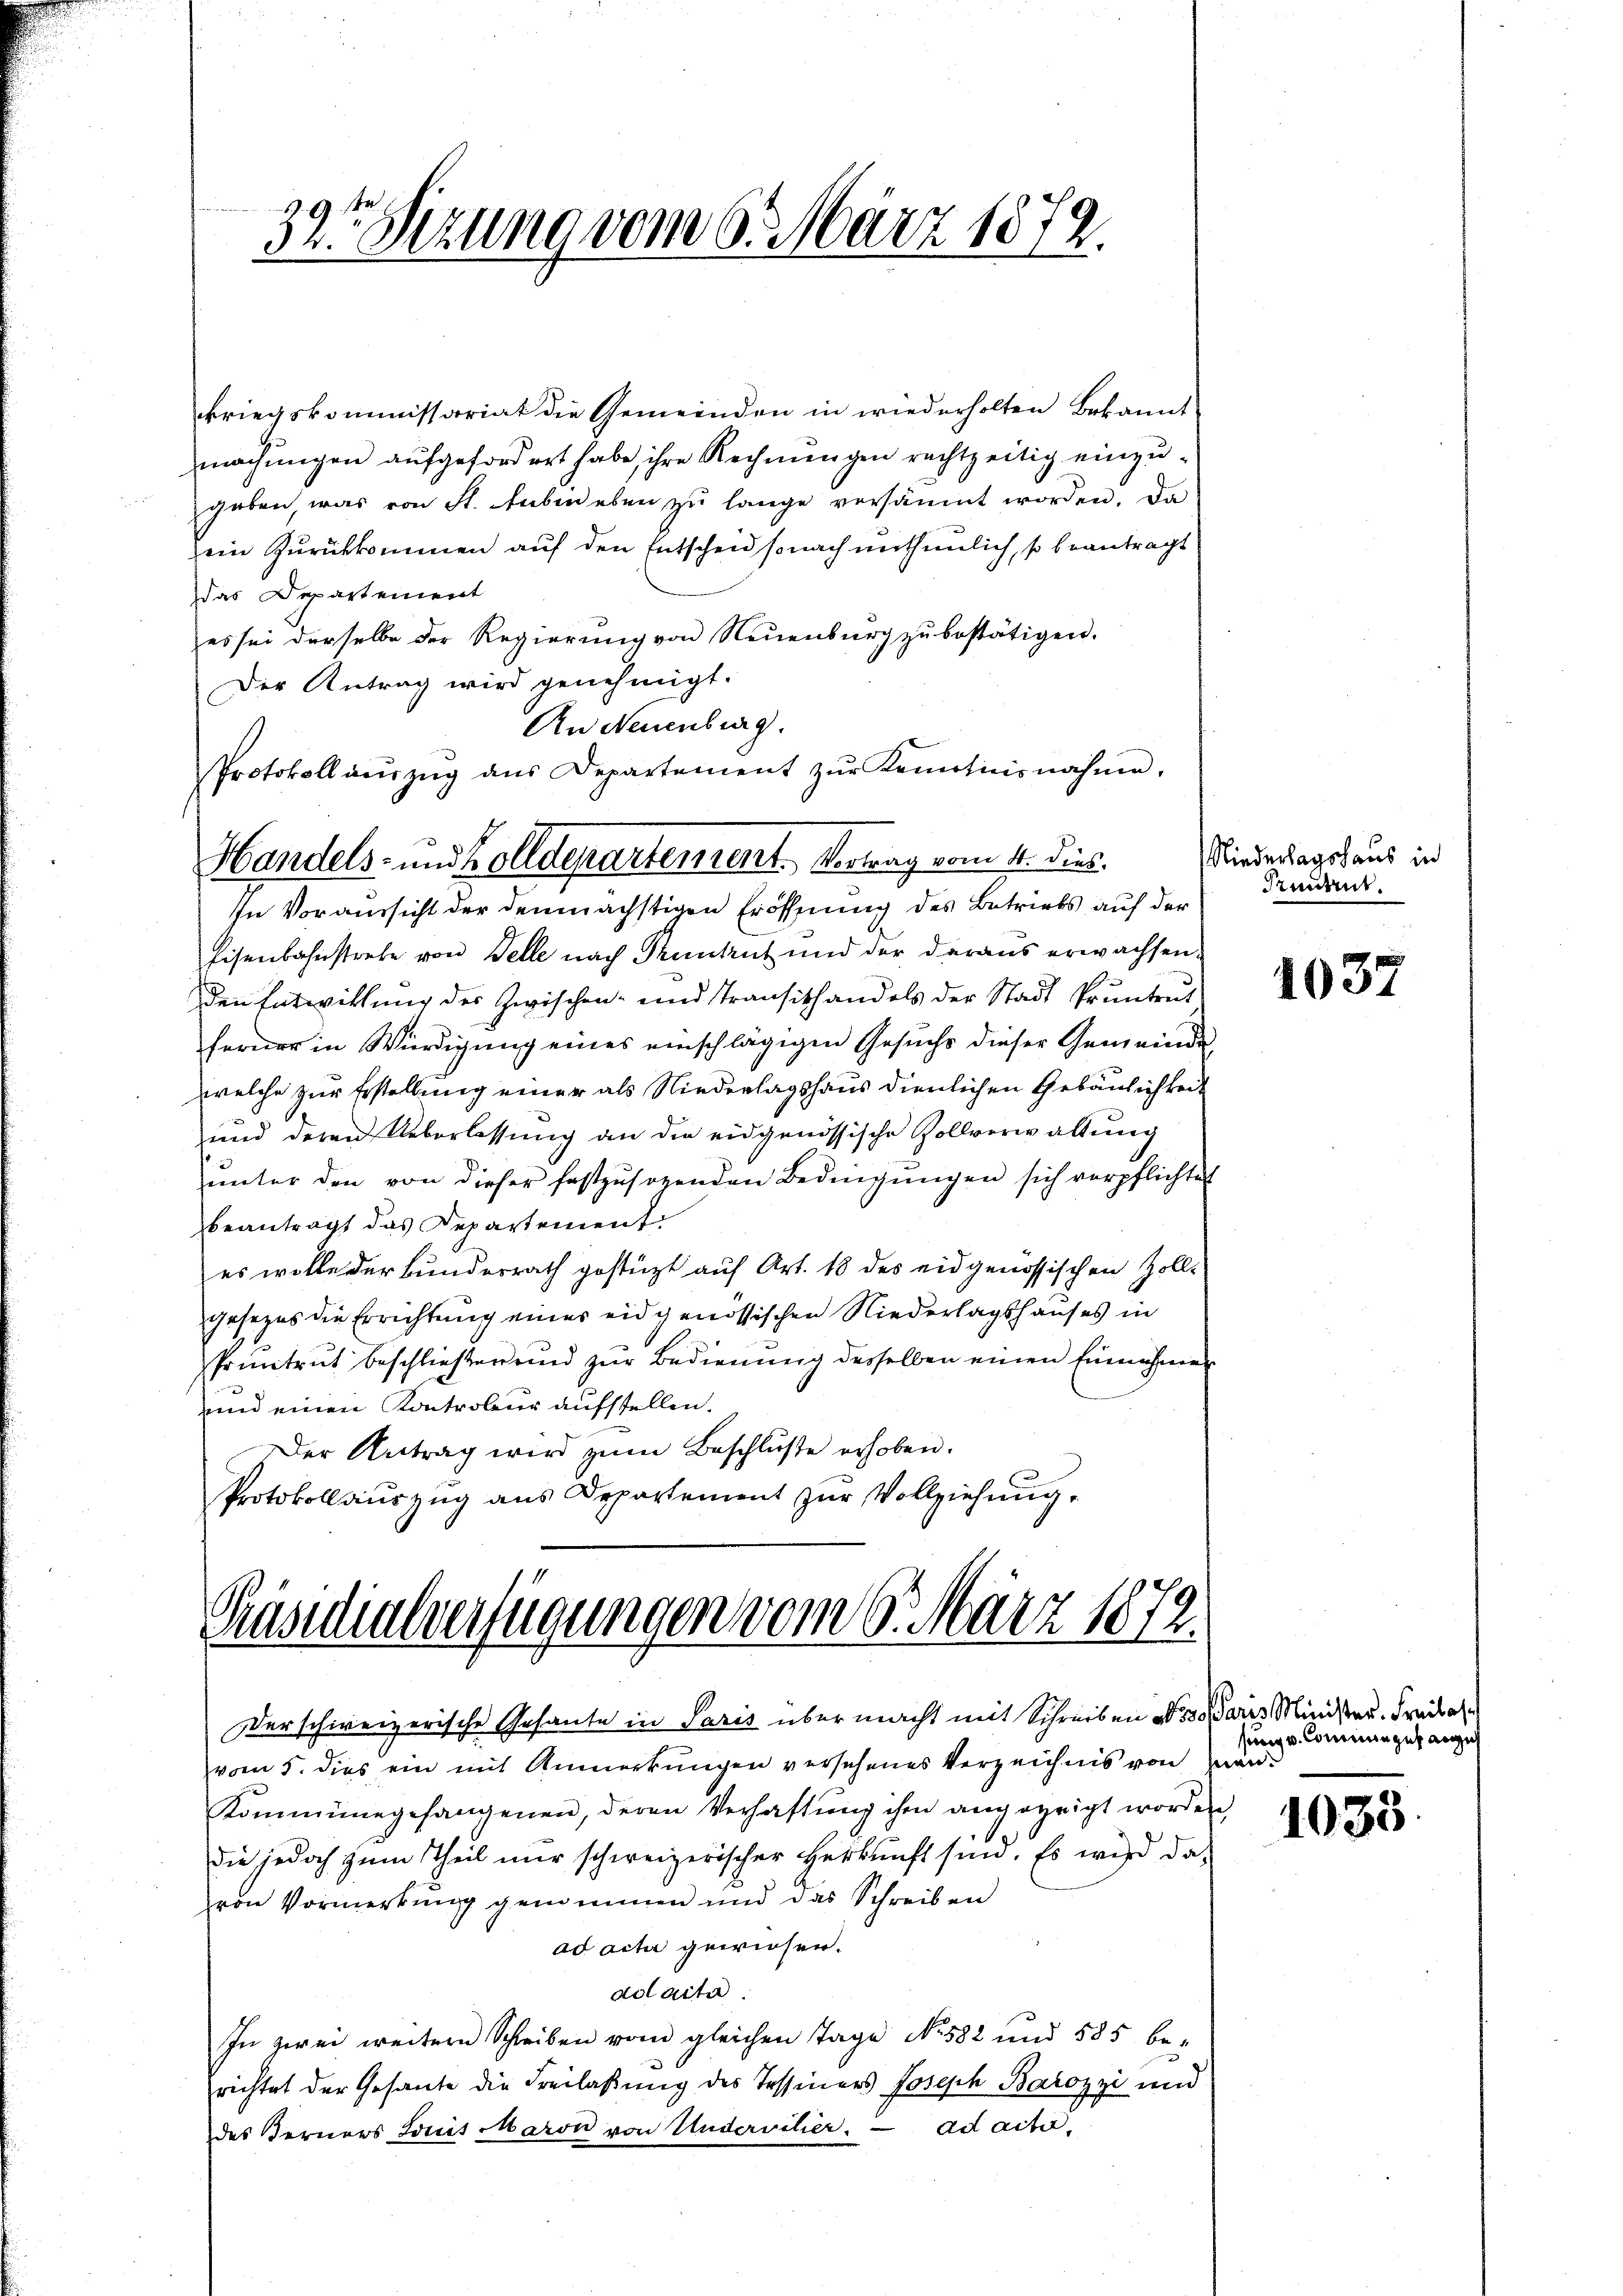
. 1
52. Sitzung vom 6. März 1872.

Handels- und Zolldepartement. Vortrag vom 4. dies.

kriegskommissariat die Gemeinden in wiederholten Bekannt
machungen aufgefordert habe, ihre Rechnungen rechtzeitig einzugeben, was von St. Leben eben zu lange versäumt worden. Da
ein Zurückkommen auf den Entscheid sonach unthumlich, so beantragt
Das Departement
es sei derselbe der Regierung von Neuenburg zŭ bestätigen.
Der Antrag wird genehmigt.
An Neuenburg.
Protokoll aŭszŭg ans Departement zŭr Kenntnisnahme.
In Voraussicht der demnächstigen Eröffnung des Betriebs auf der
Eisenbahnstrebe von Felle nach Punkt und der daraus erwachsen.
den Entwickŭng des zwischen- und Transithandels der Stadt Pruntrŭt
ferner in Würdigung eines einschlägigen Gesuchs dieser Gemeinde
welche zur Erstellung einer als Niederlagshaus dienlichen Gebäulichkeit
und deren Ueberlassung an die eidgenössische Zollverwaltung
ŭnter den von dieser festzŭsogenden Bedingŭngen sich verpflichtet
beantragt das Departement.
es wolle der Bundesrath gestützt auf Art. 18 des eidgenössischen Zoll-
gesezes die Errichtung eines eidgenössischen Niederlagshauses in
Pruntrut beschließen und zur Bedienung desselben einen Einnahmen
und einen Kontrobur aufstellen.
Der Antrag wird zŭm Beschluße erhoben.
Protokollauszug aus Departement zur Vollziehung

Der schweizerische Gesante in Paris über macht mit Schreiben 3 Paris Minister. Freibal
vom 5. dies ein mit Anmerkungen versehenes Verzeichnis von zwar
Kommungefangenen, deren Verhaftŭng ihm angezeigt worden,
die jedoch zum Theil nur schweizerischer Herkunft sind. Es wird da-
von Vormerkung genommen und das Schreiben
ad acta gewiesen.
adlaita
In zwei weitern Schreiben vom gleichen Tage No. 582 und 585 be-
richtet der Gesante die Freilassung des Tessiners Joseph Barozzi und
des Berners Louis Maron von Undervitier. ad acti¬

Präsidialverfügungen vom 6. März 1872.

Niederlagshaus in
Pruntrut.

1037

sung u. Commungefangeh

1033